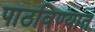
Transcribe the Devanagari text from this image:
पाठविण्‍यात